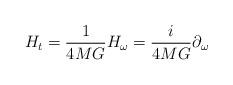
LaTeX: \begin{align*}H_t = {1 \over {4MG}} H_{\omega} ={i \over {4MG}}\partial_{\omega}\end{align*}